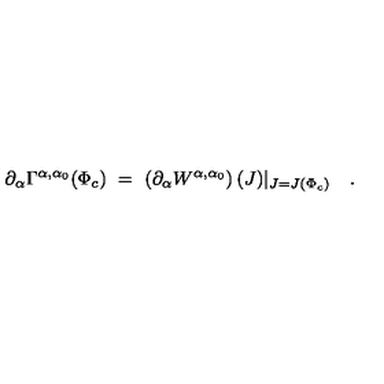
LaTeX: \partial _ { \alpha } \Gamma ^ { \alpha , \alpha _ { 0 } } ( \Phi _ { c } ) \ = \ \left( \partial _ { \alpha } W ^ { \alpha , \alpha _ { 0 } } \right) ( J ) \vert _ { J = J ( \Phi _ { c } ) } \quad .